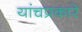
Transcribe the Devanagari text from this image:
यांचप्रकारे